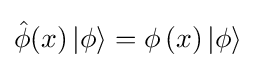
{\hat {\phi }}(x)\left|\phi \right\rangle =\phi \left(x\right)\left|\phi \right\rangle